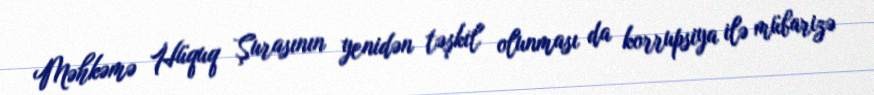
Məhkəmə Hüquq Şurasının yenidən təşkil olunması da korrupsiya ilə mübarizə